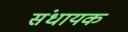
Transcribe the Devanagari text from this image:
संधायक